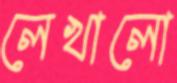
লেখালো